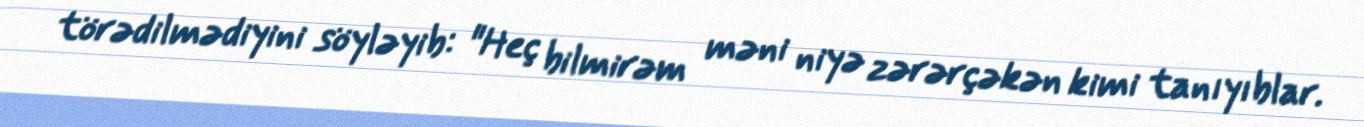
törədilmədiyini söyləyib: "Heç bilmirəm məni niyə zərərçəkən kimi tanıyıblar.